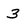
Character: 3